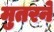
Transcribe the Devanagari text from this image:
मुतरने